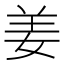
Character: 姜